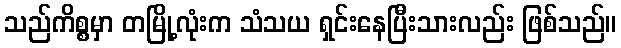
သည်ကိစ္စမှာ တမြို့လုံးက သံသယ ရှင်းနေပြီးသားလည်း ဖြစ်သည်။